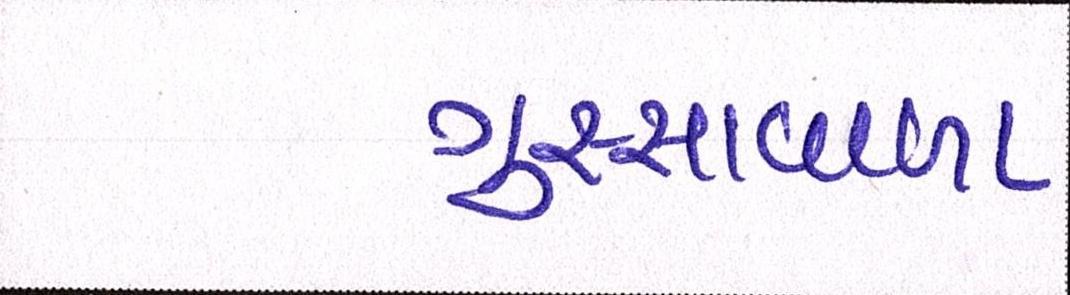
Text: ગુસ્સાવાળા